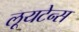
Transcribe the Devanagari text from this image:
लूयटेन्स